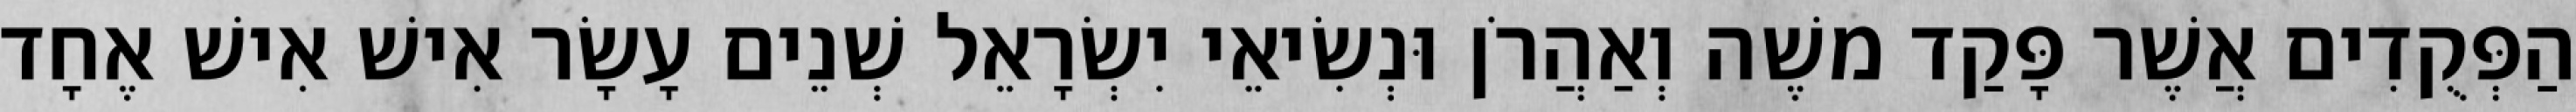
הַפְּקֻדִים אֲשֶׁר פָּקַד משֶׁה וְאַהֲרֹן וּנְשִׂיאֵי יִשְׂרָאֵל שְׁנֵים עָשָׂר אִישׁ אִישׁ אֶחָד